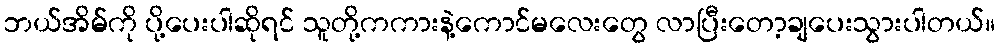
ဘယ်အိမ်ကို ပို့ပေးပါဆိုရင် သူတို့ကကားနဲ့ကောင်မလေးတွေ လာပြီးတော့ချပေးသွားပါတယ်။